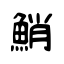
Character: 鮹